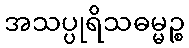
အသပ္ပုရိသဓမ္မဉ္စ